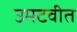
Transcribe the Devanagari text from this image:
उमटवीत